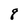
Character: q